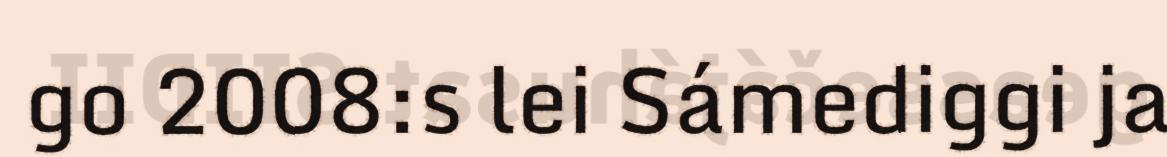
go 2008:s lei Sámediggi ja